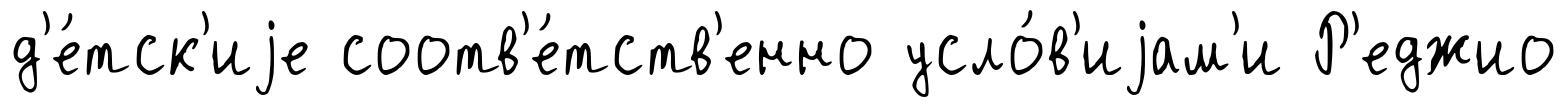
д'е́тск'иjе соотв'е́тств'енно усло́в'иjам'и Р'еджио